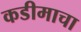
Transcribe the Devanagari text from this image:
कडीमाचा